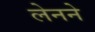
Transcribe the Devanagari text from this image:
लेनने